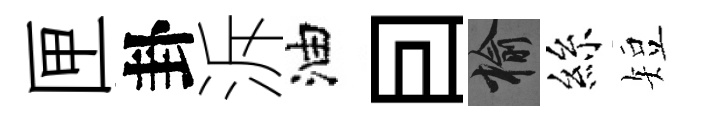
匣卦泝油囙榆絲短